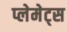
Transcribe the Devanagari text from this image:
प्लेमेट्स